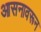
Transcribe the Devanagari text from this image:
आसनावरून